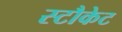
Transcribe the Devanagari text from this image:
स्टौकेट